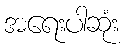
အရေးပါဆုံး